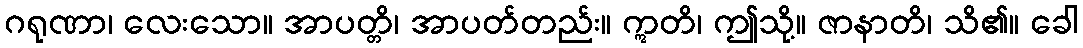
ဂရုဏာ၊ လေးသော။ အာပတ္တိ၊ အာပတ်တည်း။ ဣတိ၊ ဤသို့။ ဇာနာတိ၊ သိ၏။ ခေါ